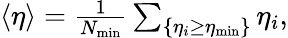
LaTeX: \begin{array}{r}{\left\langle\eta\right\rangle=\frac{1}{N_{\mathrm{min}}}\sum_{\{ \eta_{i}\geq\eta_{\mathrm{min}}\} }\eta_{i},}\end{array}